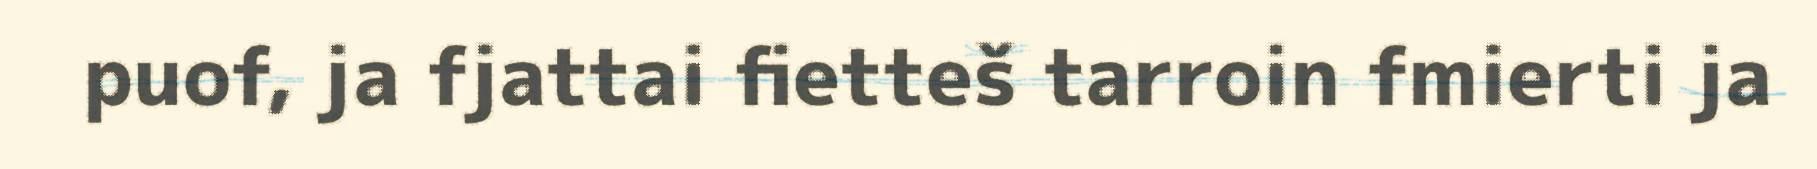
puof, ja fjattai fietteš tarroin fmierti ja